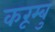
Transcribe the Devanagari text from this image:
करूम्बु